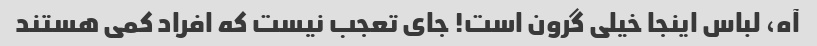
آه، لباس اینجا خیلی گرون است! جای تعجب نیست که افراد کمی هستند